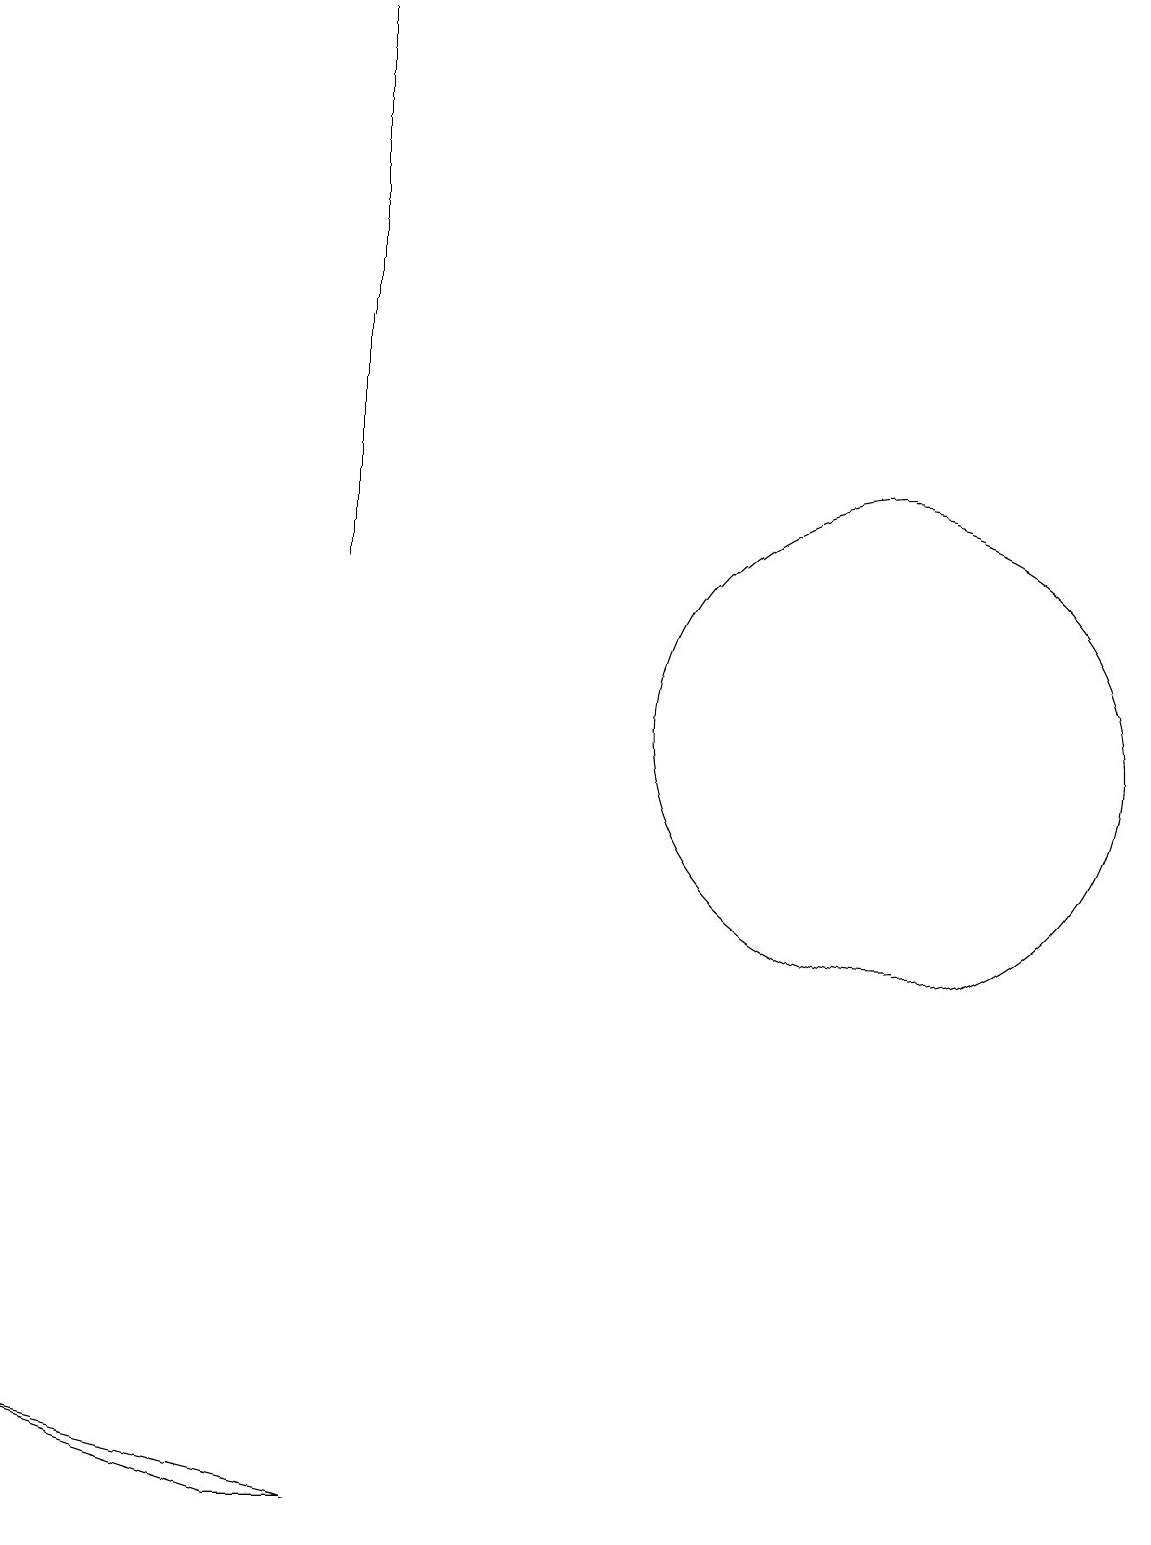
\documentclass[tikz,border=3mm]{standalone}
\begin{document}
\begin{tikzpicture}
\draw (4,12) rectangle (4,19);
\draw (11,12) circle (0);
\draw (11,10) circle (3);
\draw (0,1) -- (4,0) -- (3,0) -- cycle;
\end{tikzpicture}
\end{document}